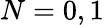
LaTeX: N=0,1